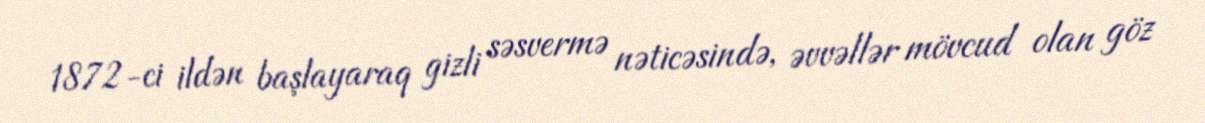
1872-ci ildən başlayaraq gizli səsvermə nəticəsində, əvvəllər mövcud olan göz